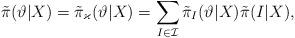
LaTeX: \begin{align*}\tilde{\pi}(\vartheta|X) = \tilde{\pi}_\varkappa(\vartheta|X)=\sum_{I \in\mathcal{I}} \tilde{\pi}_I(\vartheta|X)\tilde{\pi}(I|X),\end{align*}